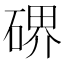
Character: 𥔅